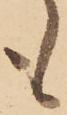
も